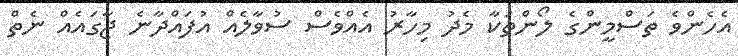
އެހެންވެ ތަސްމީންގެ ލޯންތަކާ މެދު މިހާރު އެއްވެސް ސުވާލެއް އުފައްދާނެ ޖާގައެއް ނެތް